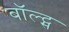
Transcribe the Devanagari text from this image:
बॉल्ट्स